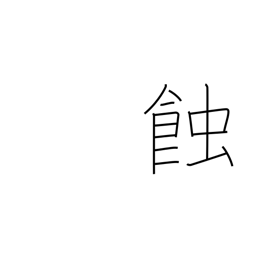
Meaning: eclipse